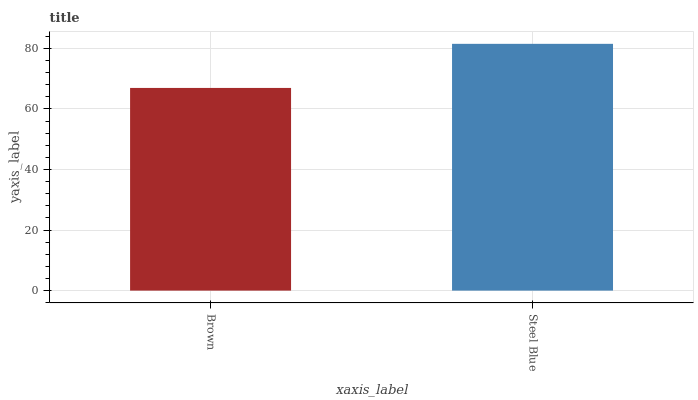
| xaxis_label | bars |
 | --- | --- |
 | Brown | 66.9 |
 | Steel Blue | 81.5 |